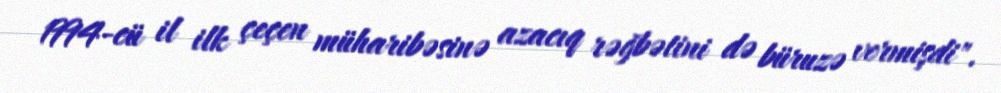
1994-cü il ilk çeçen müharibəsinə azacıq rəğbətini də büruzə vermişdi".